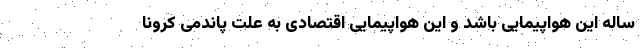
ساله این هواپیمایی باشد و این هواپیمایی اقتصادی به علت پاندمی کرونا